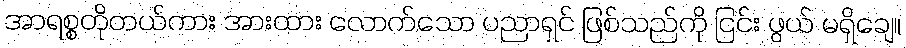
အာရစ္စတိုတယ်ကား အားထား လောက်သော ပညာရှင် ဖြစ်သည်ကို ငြင်း ဖွယ် မရှိချေ။